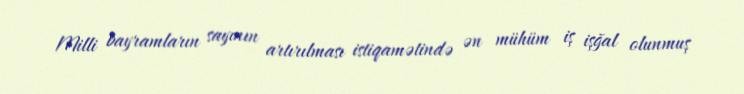
Milli bayramların sayının artırılması istiqamətində ən mühüm iş işğal olunmuş